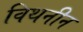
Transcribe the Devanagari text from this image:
विथनीन